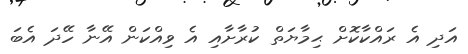
އަދި އެ ރައްކާކޮށް ޙިމާޔަތް ކުރާށާއި އެ ވިއްކަން އޭނާ ހޭދަ އެބަ